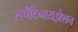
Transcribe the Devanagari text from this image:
सर्पेंटिनायझेशन